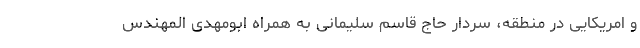
و امریکایی در منطقه، سردار حاج قاسم سلیمانی به همراه ابومهدی المهندس